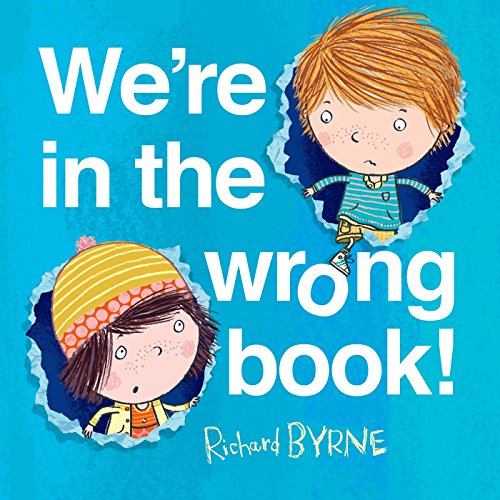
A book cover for We're in the wrong book!; Richard Byrne; Children's Books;